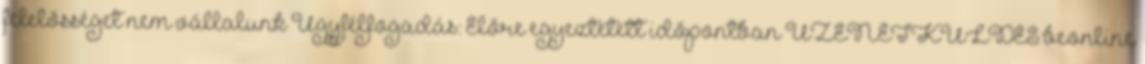
felelősséget nem vállalunk Ügyfélfogadás: Előre egyeztetett időpontban ÜZENETKÜLDÉS beonline